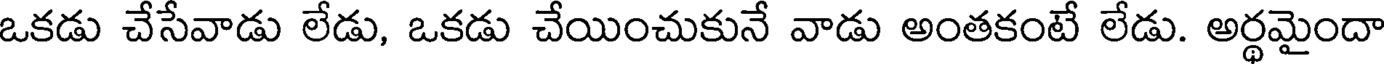
ఒకడు చేసేవాడు లేడు, ఒకడు చేయించుకునే వాడు అంతకంటే లేడు. అర్థమైందా